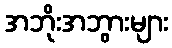
အဘိုးအဘွားများ